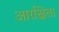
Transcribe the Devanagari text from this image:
आरक्षित।